Scottish Leaving Certificate Examination, 1957
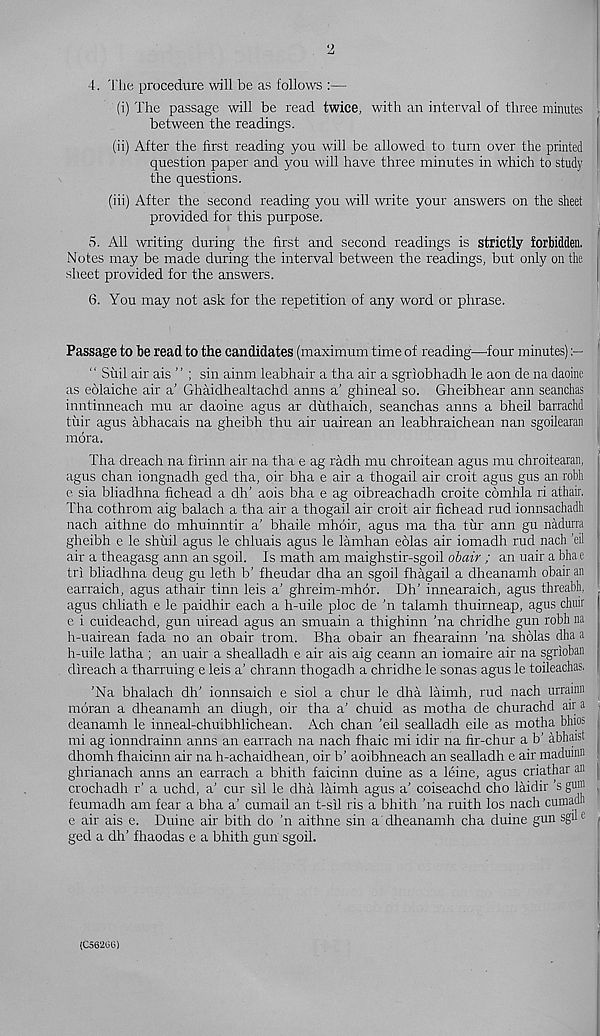
2
4. The procedure -will be as follows :—
(i) The passage will be read twice, with an interval of three minutes
between the readings.
(ii) After the first reading you will be allowed to turn over the printed
question paper and you will have three minutes in which to study
the questions.
(iii) After the second reading you will write your answers on the sheet
provided for this purpose.
5. All writing during the first and second readings is strictly forbidden.
Notes may be made during the interval between the readings, but only on the
sheet provided for the answers.
6. You may not ask for the repetition of any word or phrase.
Passage to be read to the candidates (maximum time of reading—four minutes)
“ Suil air ais ” ; sin ainm leabhair a tha air a sgriobhadh le aon de na daoine j
as eolaiche air a’ Ghaidhealtachd anns a’ ghineal so. Gheibhear ann seanchas
inntinneach mu ar daoine agus ar duthaich, seanchas anns a bheil barrachd
tiiir agus abhacais na gheibh thu air uairean an leabhraichean nan sgoilearan
mora.
Tha dreach na firinn air na tha e ag radh mu chroitean agus mu chroitearan,
agus chan iongnadh ged tha, oir bha e air a thogail air croit agus gus an robh
e sia bliadhna fichead a dh’ aois bha e ag oibreachadh croite comhla ri ath'air.
Tha cothrom aig balach a tha air a thogail air croit air fichead rud ionnsachadh
nach aithne do mhuinntir a' bhaile mhoir, agus ma tha tur ann gu nadurra
gheibh e le shiiil agus le chluais agus le lamhan eolas air iomadh rud nach ’eil
air a theagasg ann an sgoil. Is math am maighstir-sgoil obair ; an uair a bhae
tri bliadhna deug gu leth b’ fheudar dha an sgoil fhagail a dheanamh obair an
earraich, agus athair than leis a’ ghreim-mhor. Dh’ innearaich, agus threabh,
agus chliath e le paidhir each a h-uile ploc de ’n talamh thuirneap, agus char
e i cuideachd, gun uiread agus an smuain a thighinn ’na chridhe gun robh na
h-uairean fada no an obair trom. Bha obair an fhearainn ’na sholas dha a
h-uile latha ; an uair a shealladh e air ais aig ceann an iomaire air na sgrioban
direach a tharruing e leis a’ chrann thogadh a chridhe le sonas agus le toileachas.
’Na bhalach dh’ ionnsaich e siol a chur le dha laimh, rud nach urrainn
moran a dheanamh an diugh, oir tha a’ chuid as motha de churachd air a .
deanamh le inneal-chuibhlichean. Ach chan ’eil sealladh eile as motha bhios
mi ag ionndrainn anns an earrach na nach fhaic mi idir na fir-chur a b’ abhaist
dhomh fhaicinn air na h-achaidhean, oir b’ aoibhneach an sealladh e air maduinii
ghrianach anns an earrach a bhith faicinn duine as a leine, agus criathar an j
crochadh r’ a uchd, a’ cur sil le dha laimh agus a’ coiseachd cho laidir s gu® ,
feumadh am fear a bha a’ cumail an t-sil ris a bhith ’na ruith los nach cumadn
e air ais e. Duine air bith do ’n aithne sin a'dheanamh cha duine gun sgu e ,
ged a dh’ fhaodas e a bhith gun sgoil.
(CS620G)
f